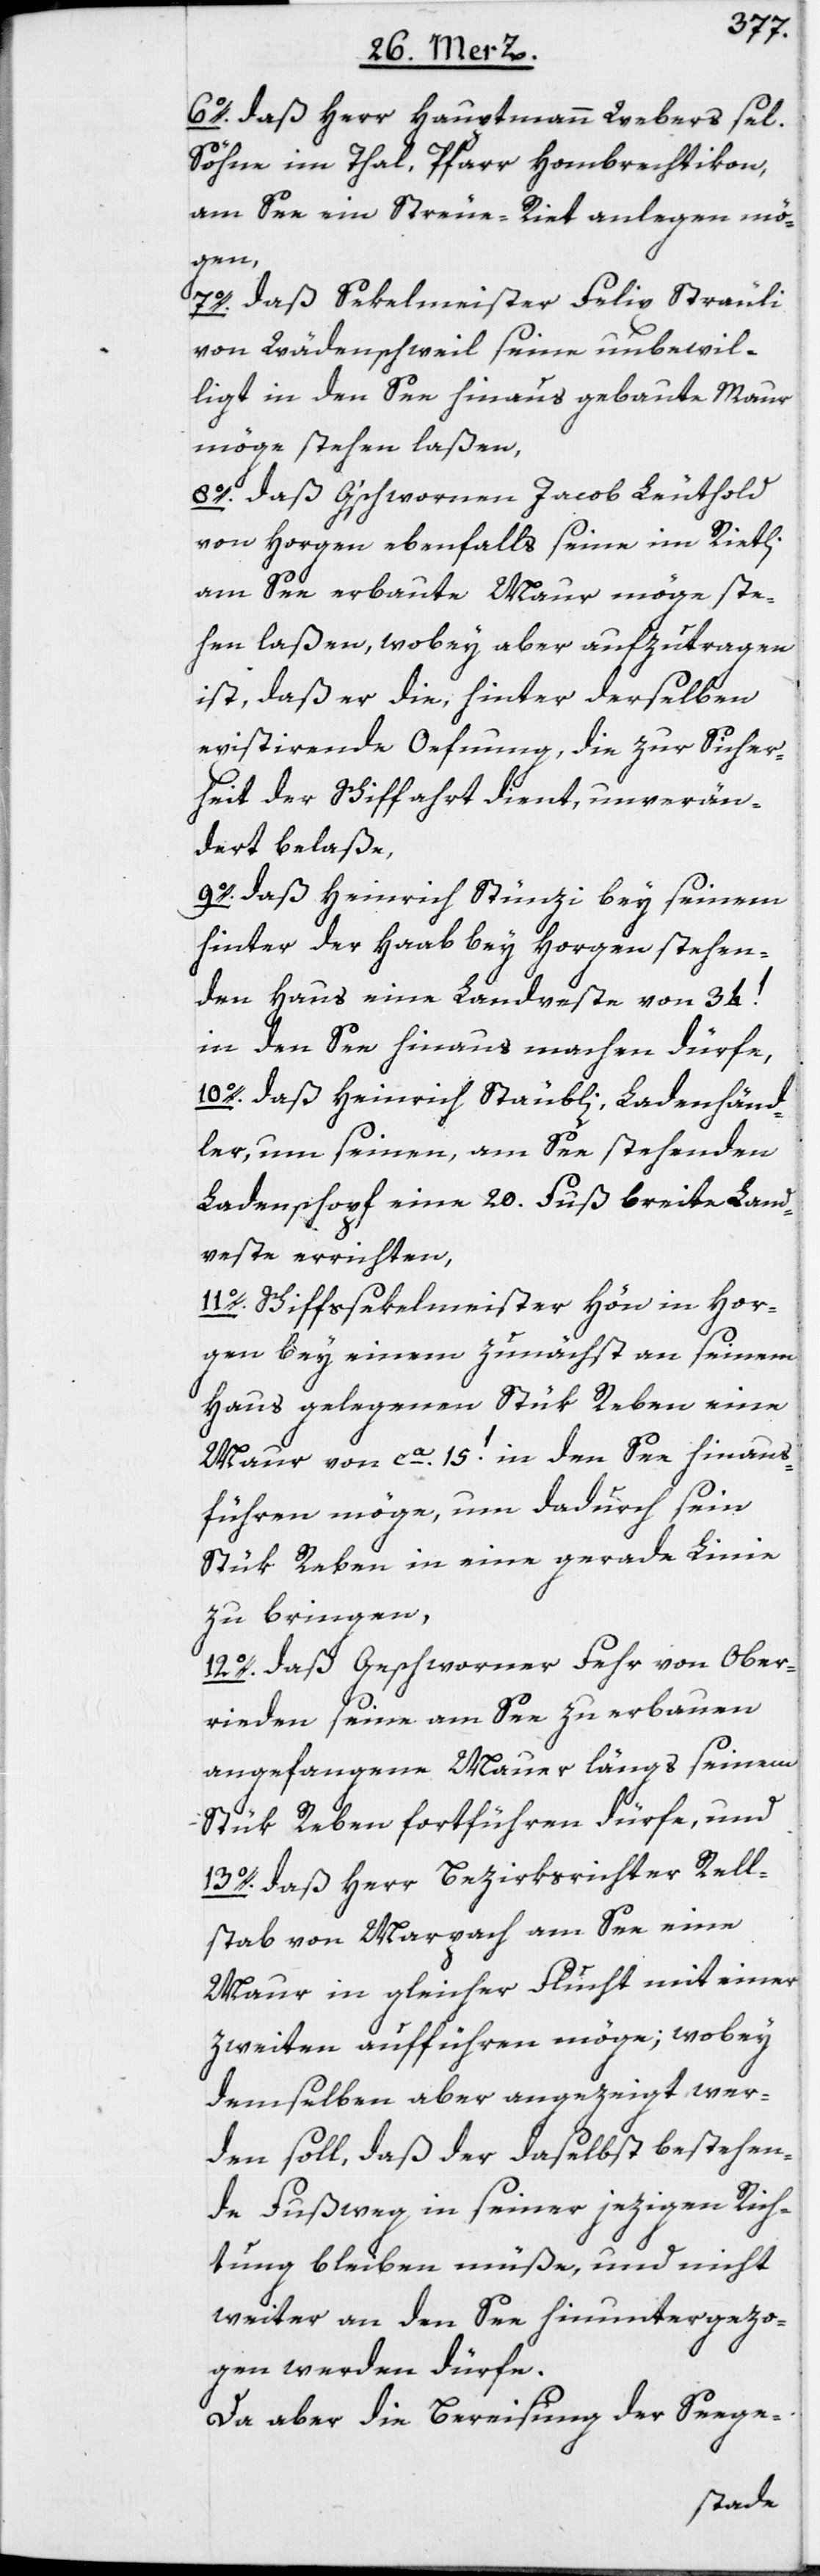
6o. daß Herr Hauptmann Webers sel.
Söhne im Thal, Pfarr Hombrechtikon,
am See ein Streue-Riet anlegen mö¬
gen,
7o. daß Sekelmeister Felix Sträuli
von Wädenschweil seine unbewil¬
ligt in den See hinaus gebaute Maur
möge stehen laßen,
8o. Daß G’schwornen Jacob Leuthold
von Horgen ebenfalls seine im Rietli
am See erbaute Maur möge ste¬
hen laßen, wobey aber aufzutragen
ist, daß er die, hinter derselben
existirende Oefnung, die zur Sicher¬
heit der Schiffahrt dient, unverän¬
dert belaße,
9o. daß Heinrich Stünzi bey seinem
hinter der Haab bey Horgen stehen¬
den Haus eine Landveste von 34.’
in den See hinaus machen dürfe,
10o. daß Heinrich Stäubli, Ladenhänd¬
ler, um seinen, am See stehenden
Ladenschopf eine 20. Fuß breite Land¬
veste errichten,
11o. Schiffssekelmeister Hön in Hor¬
gen bey einem zunächst an seinem
Haus gelegenen Stük Reben eine
Maur von ca. 15.’ in den See hinaus¬
führen möge, um dadurch sein
Stük Reben in eine gerade Linie
zu bringen,
12o. daß Geschworner Fehr von Ober¬
rieden seine am See zu erbauen
angefangene Mauer längs seinem
Stük Reben fortführen dürfe, und
13o. daß Herr Bezirksrichter Rell¬
stab von Marpach am See eine
Maur in gleicher Flucht mit einer
zweyten aufführen möge; wobey
demselben aber angezeigt wer¬
den soll, daß der daselbst bestehen¬
de Fußweg in seiner jezigen Rich¬
tung bleiben müße, und nicht
weiter an den See hinuntergezo¬
gen werden dürfe.
Da aber die Bereisung der Seege-